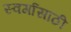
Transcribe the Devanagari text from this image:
स्वर्गासाठी